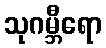
သုဂမ္ဘီရော